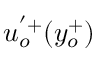
u _ { o } ^ { ' + } ( y _ { o } ^ { + } )